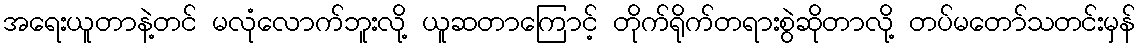
အရေးယူတာနဲ့တင် မလုံလောက်ဘူးလို့ ယူဆတာကြောင့် တိုက်ရိုက်တရားစွဲဆိုတာလို့ တပ်မတော်သတင်းမှန်